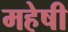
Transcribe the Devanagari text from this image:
महेषी